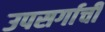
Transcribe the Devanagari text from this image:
उपसर्गाची